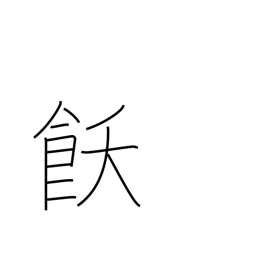
Meaning: satiety